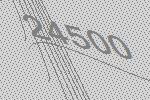
24500